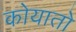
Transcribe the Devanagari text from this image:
कोयातो